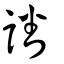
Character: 譒